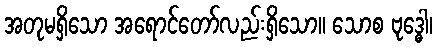
အတုမရှိသော အရောင်တော်လည်းရှိသော။ သောစ ဗုဒ္ဓေါ၊